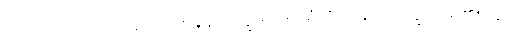
ဝိညာဏံ၊ ဝိညာဉ်သည်။ ဝိဇာနနလက္ခဏံ၊ အာရုံကိုသိခြင်းလက္ခဏာရှိ၏။ ဣတိ၊